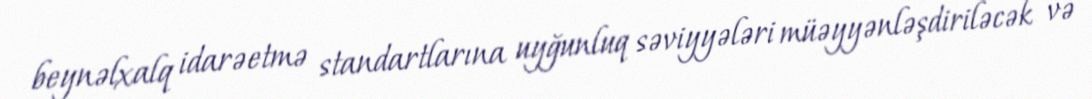
beynəlxalq idarəetmə standartlarına uyğunluq səviyyələri müəyyənləşdiriləcək və